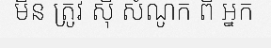
មិន ត្រូវ ស៊ី សំណូក ពី អ្នក